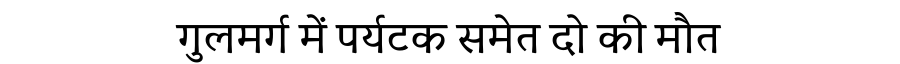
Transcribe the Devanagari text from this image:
गुलमर्ग में पर्यटक समेत दो की मौत